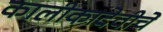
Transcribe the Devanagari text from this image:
कालीकादेवीचें